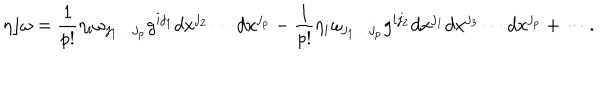
LaTeX: \eta \rfloor \omega = { \frac { 1 } { p ! } } \eta _ { i } \omega _ { j _ { 1 } \ldots j _ { p } } g ^ { i j _ { 1 } } d x ^ { j _ { 2 } } \cdots d x ^ { j _ { p } } - { \frac { 1 } { p ! } } \eta _ { i } \omega _ { j _ { 1 } \ldots j _ { p } } g ^ { i j _ { 2 } } d x ^ { j _ { 1 } } d x ^ { j _ { 3 } } \cdots d x ^ { j _ { p } } + \cdots .